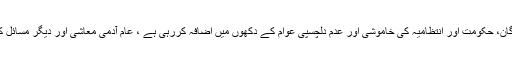
اس موضوع پر سیاسی نمائندگان، حکومت اور انتظامیہ کی خاموشی اور عدم دلچسپی عوام کے دکھوں میں اضافہ کررہی ہے ، عام آدمی معاشی اور دیگر مسائل کے ہاتھوں پہلے ہی تنگ ہے۔